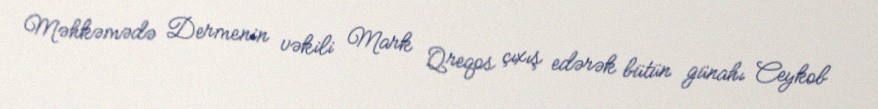
Məhkəmədə Dermenin vəkili Mark Qreqos çıxış edərək bütün günahı Ceykob